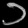
Digit: ၁